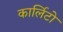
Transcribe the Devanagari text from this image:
कार्लिटो